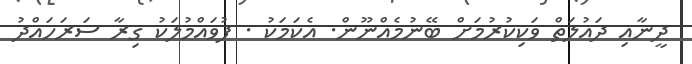
ދީނާއި ދައުލަތް ވަކިކުރުމަށް ބޭނުމެއްނޫން. އެކަމަކު . ފުވައްމުލަކު ގިރާ ސަރަހައްދު